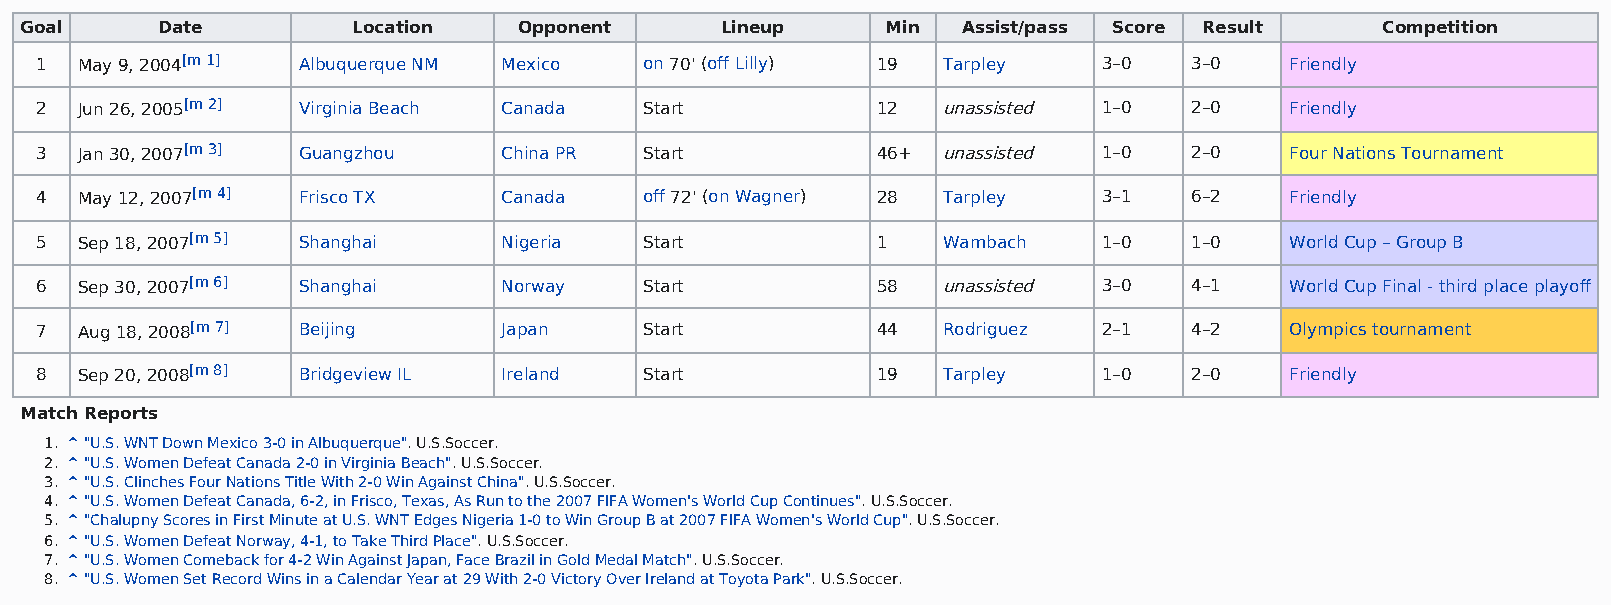
Goal     Date         Location   Opponent      Lineup     Min  Assist/pass Score Result   Competition
 1  May 9, 2004[m 1] Albuquerque NM Mexico on 70' (off Lilly) 19 Tarpley 3–0  3–0   Friendly
 2  Jun 26, 2005[m 2] Virginia Beach Canada Start        12  unassisted 1–0   2–0   Friendly
 3  Jan 30, 2007[m 3] Guangzhou China PR  Start          46+ unassisted 1–0   2–0   Four Nations Tournament
 4  May 12, 2007[m 4] Frisco TX Canada    off 72' (on Wagner) 28 Tarpley 3–1  6–2   Friendly
 5  Sep 18, 2007[m 5] Shanghai  Nigeria   Start          1   Wambach    1–0   1–0   World Cup – Group B
 6  Sep 30, 2007[m 6] Shanghai  Norway    Start          58  unassisted 3–0   4–1   World Cup Final - third place playoff
 7  Aug 18, 2008[m 7] Beijing   Japan     Start          44  Rodriguez  2–1   4–2   Olympics tournament
 8  Sep 20, 2008[m 8] Bridgeview IL Ireland Start        19  Tarpley    1–0   2–0   Friendly
 Match Reports
 1. ^ "U.S. WNT Down Mexico 3-0 in Albuquerque". U.S.Soccer.
 2. ^ "U.S. Women Defeat Canada 2-0 in Virginia Beach". U.S.Soccer.
 3. ^ "U.S. Clinches Four Nations Title With 2-0 Win Against China". U.S.Soccer.
 4. ^ "U.S. Women Defeat Canada, 6-2, in Frisco, Texas, As Run to the 2007 FIFA Women's World Cup Continues". U.S.Soccer.
 5. ^ "Chalupny Scores in First Minute at U.S. WNT Edges Nigeria 1-0 to Win Group B at 2007 FIFA Women's World Cup". U.S.Soccer.
 6. ^ "U.S. Women Defeat Norway, 4-1, to Take Third Place". U.S.Soccer.
 7. ^ "U.S. Women Comeback for 4-2 Win Against Japan, Face Brazil in Gold Medal Match". U.S.Soccer.
 8. ^ "U.S. Women Set Record Wins in a Calendar Year at 29 With 2-0 Victory Over Ireland at Toyota Park". U.S.Soccer.